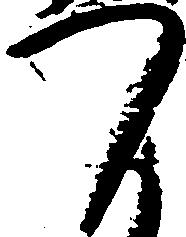
つ